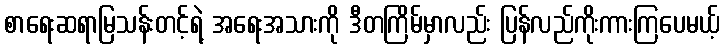
စာရေးဆရာမြသန်းတင့်ရဲ့ အရေးအသားကို ဒီတကြိမ်မှာလည်း ပြန်လည်ကိုးကားကြပေမယ့်